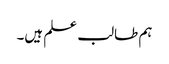
ہم طالب علم ہیں۔